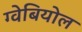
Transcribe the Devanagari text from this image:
ग्वेबियोल